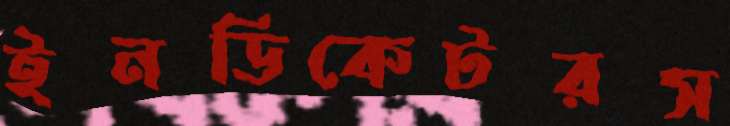
ইনডিকেটরস